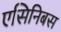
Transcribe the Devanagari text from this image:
एसिनिबस